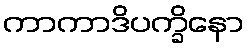
ကာကာဒိပက္ခိနော